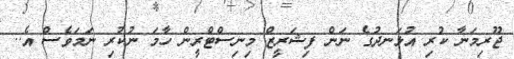
ޖޫރިމަނާ ކުރި އުޅަނދުގެ ނަން ފިޝަރީޒް މިނިސްޓްރީން ހާމަ ނުކުރި ނަމަވެސް އެ..